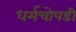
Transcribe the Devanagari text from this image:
धर्मचोपडी